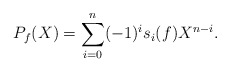
\begin{align*}P_f(X) = \sum_{i= 0}^{n} (-1)^i s_{i}(f) X^{n-i}.\end{align*}